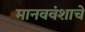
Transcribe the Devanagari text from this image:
मानववंशाचे